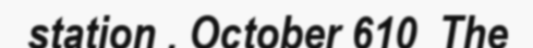
station . October 610  The